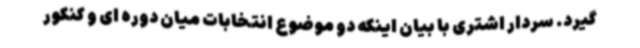
گیرد. سردار اشتری با بیان اینکه دو موضوع انتخابات میان دوره ای و کنکور